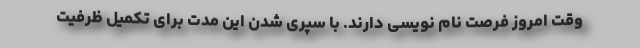
وقت امروز فرصت نام نویسی دارند. با سپری شدن این مدت برای تکمیل ظرفیت